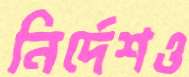
নির্দেশও